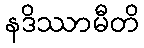
နဒိဿာမီတိ